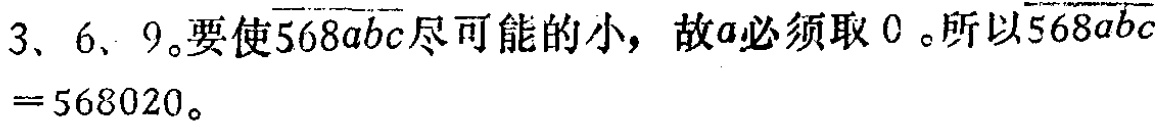
3、6、9。要使\(\overline{568abc}\)尽可能的小，故\(a\)必须取 \(0\)。所以\(\overline{568abc}=568020\)。